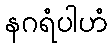
နဂရံပါဟံ